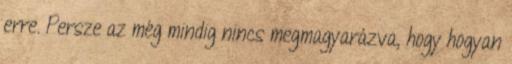
erre. Persze az még mindig nincs megmagyarázva, hogy hogyan